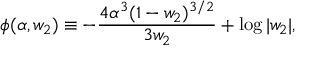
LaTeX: \phi ( \alpha , w _ { 2 } ) \equiv - { \frac { 4 \alpha ^ { 3 } ( 1 - w _ { 2 } ) ^ { 3 / 2 } } { 3 w _ { 2 } } } + \log | w _ { 2 } | ,